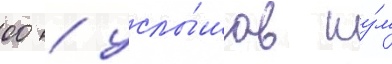
00 / услы́шав шу́м